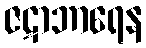
ဇဋာဘာရေန